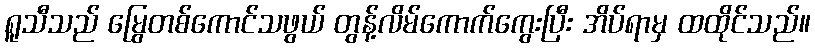
ရူသီသည် မြွေတစ်ကောင်သဖွယ် တွန့်လိမ်ကောက်ကွေးပြီး အိပ်ရာမှ ထထိုင်သည်။